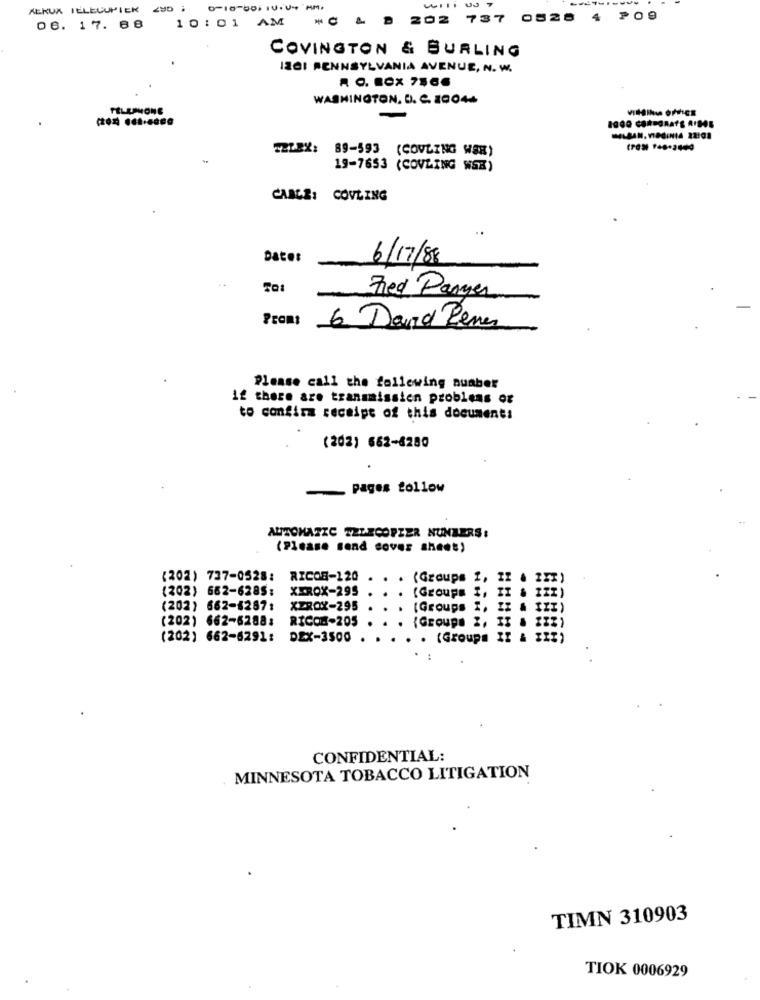
KERUA TELECUPTEK ZUD
202 737 0528 4
₱09
06. 17. 88
10:01 AM
COVINGTON & BURLING
IZGI PENNSYLVANIA AVENUE, N. W.
. O. BOX 7566
WASHINGTON, D. C. 10044
TELEPHONE
TELEX: 89-593 (COVLING WSR)
19-7653 (COVLING WSR)
CABLE: COVLING
Date:
6/17/8
Fied Panger
Promt
6. David Remer
Please call the following auaber
if there are transmission problems or
to confirm receipt of this document:
(202) 662-6280
- Pages tollow
AUTOMATIC TZLECOPZER NUNZERS:
(Please send cover sheet)
(202) 737-0528:
RICO8-120
. (Groups
(202) 662-6285:
XEROX-295
(Groups
(202) 662-4287:
XEROX-295
(Groups ", IX & tII)
(202) 662-6288:
RICOH-205
{Groups ", II & IIE)
(202) 662-6291:
DEX-3500 .
. (Groups
CONFIDENTIAL:
MINNESOTA TOBACCO LITIGATION
TIMN 310903
TIOK 0006929